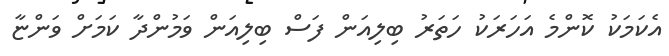
އެކަމަކު ކޮންމެ އަހަރަކު ހަތަރު ބިލިއަން ފަސް ބިލިއަން ވަމުންދާ ކަމަށް ވަންޏާ